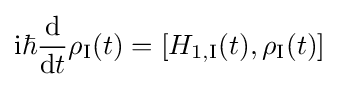
\mathrm {i} \hbar {\frac {\mathrm {d} }{\mathrm {d} t}}\rho _{\text{I}}(t)=[H_{1,{\text{I}}}(t),\rho _{\text{I}}(t)]